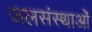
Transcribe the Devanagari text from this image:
जलसंस्थाओं